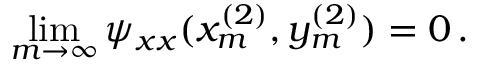
\operatorname* { l i m } _ { m \rightarrow \infty } \psi _ { x x } ( x _ { m } ^ { ( 2 ) } , y _ { m } ^ { ( 2 ) } ) = 0 \, .